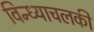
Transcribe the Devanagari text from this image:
विन्ध्याचलकी